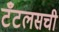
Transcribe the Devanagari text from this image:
टँटलसची